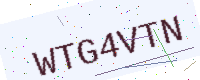
Text: WTG4VTN